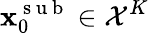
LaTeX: \mathbf{x}_{0}^{\mathrm{~s~u~b~}}\in\mathcal{X}^{K}